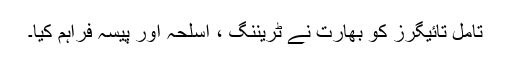
تامل تائیگرز کو بھارت نے ٹریننگ ، اسلحہ اور پیسہ فراہم کیا۔